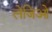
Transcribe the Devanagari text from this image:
लेजिओ